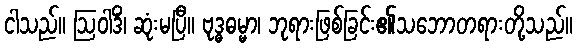
ငါသည်။ ဩဝါဒိံ၊ ဆုံးမပြီ။ ဗုဒ္ဓဓမ္မာ၊ ဘုရားဖြစ်ခြင်း၏သဘောတရားတို့သည်။